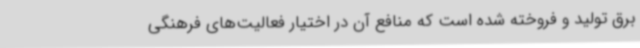
برق تولید و فروخته شده است که منافع آن در اختیار فعالیت‌های فرهنگی